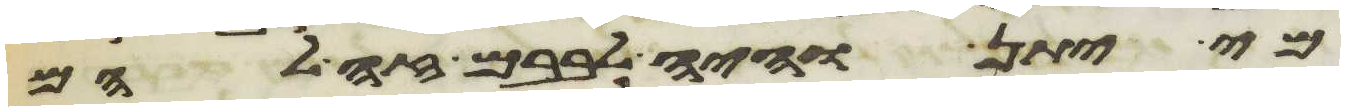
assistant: מי יתן והיה לבבם זה להם